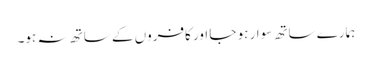
ہمارے ساتھ سوار ہو جا اور کافروں کے ساتھ نہ ہو۔